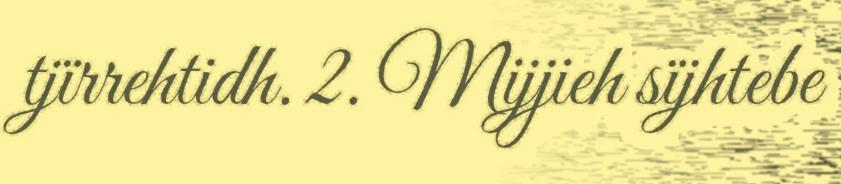
tjïrrehtidh. 2. Mijjieh sïjhtebe